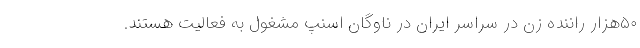
۵۰هزار راننده زن در سراسر ایران در ناوگان اسنپ مشغول به فعالیت هستند.